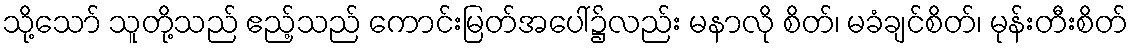
သို့သော် သူတို့သည် ဧည့်သည် ကောင်းမြတ်အပေါ်၌လည်း မနာလို စိတ်၊ မခံချင်စိတ်၊ မုန်းတီးစိတ်